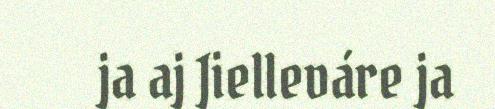
ja aj Jielleváre ja